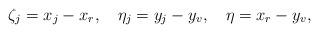
LaTeX: \begin{align*}\zeta_j=x_j-x_r,\hspace{0.4cm}\eta_j=y_j-y_v,\hspace{0.4cm}\eta=x_r-y_v,\end{align*}